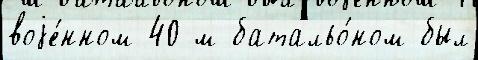
воjе́нном 40-м батальо́ном был